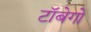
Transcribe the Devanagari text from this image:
टॉबेगो